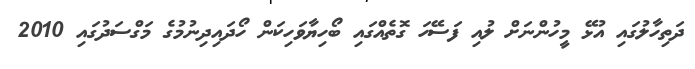
ދަތިހާލުގައި އުޅޭ މީހުންނަށް ލުއި ފަސޭހަ ގޮތެއްގައި ބޯހިޔާވަހިކަން ހޯދައިދިނުމުގެ މަގްސަދުގައި 2010